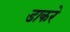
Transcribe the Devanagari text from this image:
डाकरे